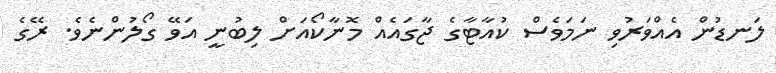
ލަނޑުން އެއްވަރުވި ނަމަވެސް ކުއާޓާގެ ޖާގައެއް މޮނާކޯއަށް ލިބުނީ އަވޭ ގޯލުންނެވެ. ރޭގެ